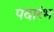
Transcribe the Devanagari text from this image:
पदारंभ